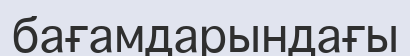
бағамдарындағы